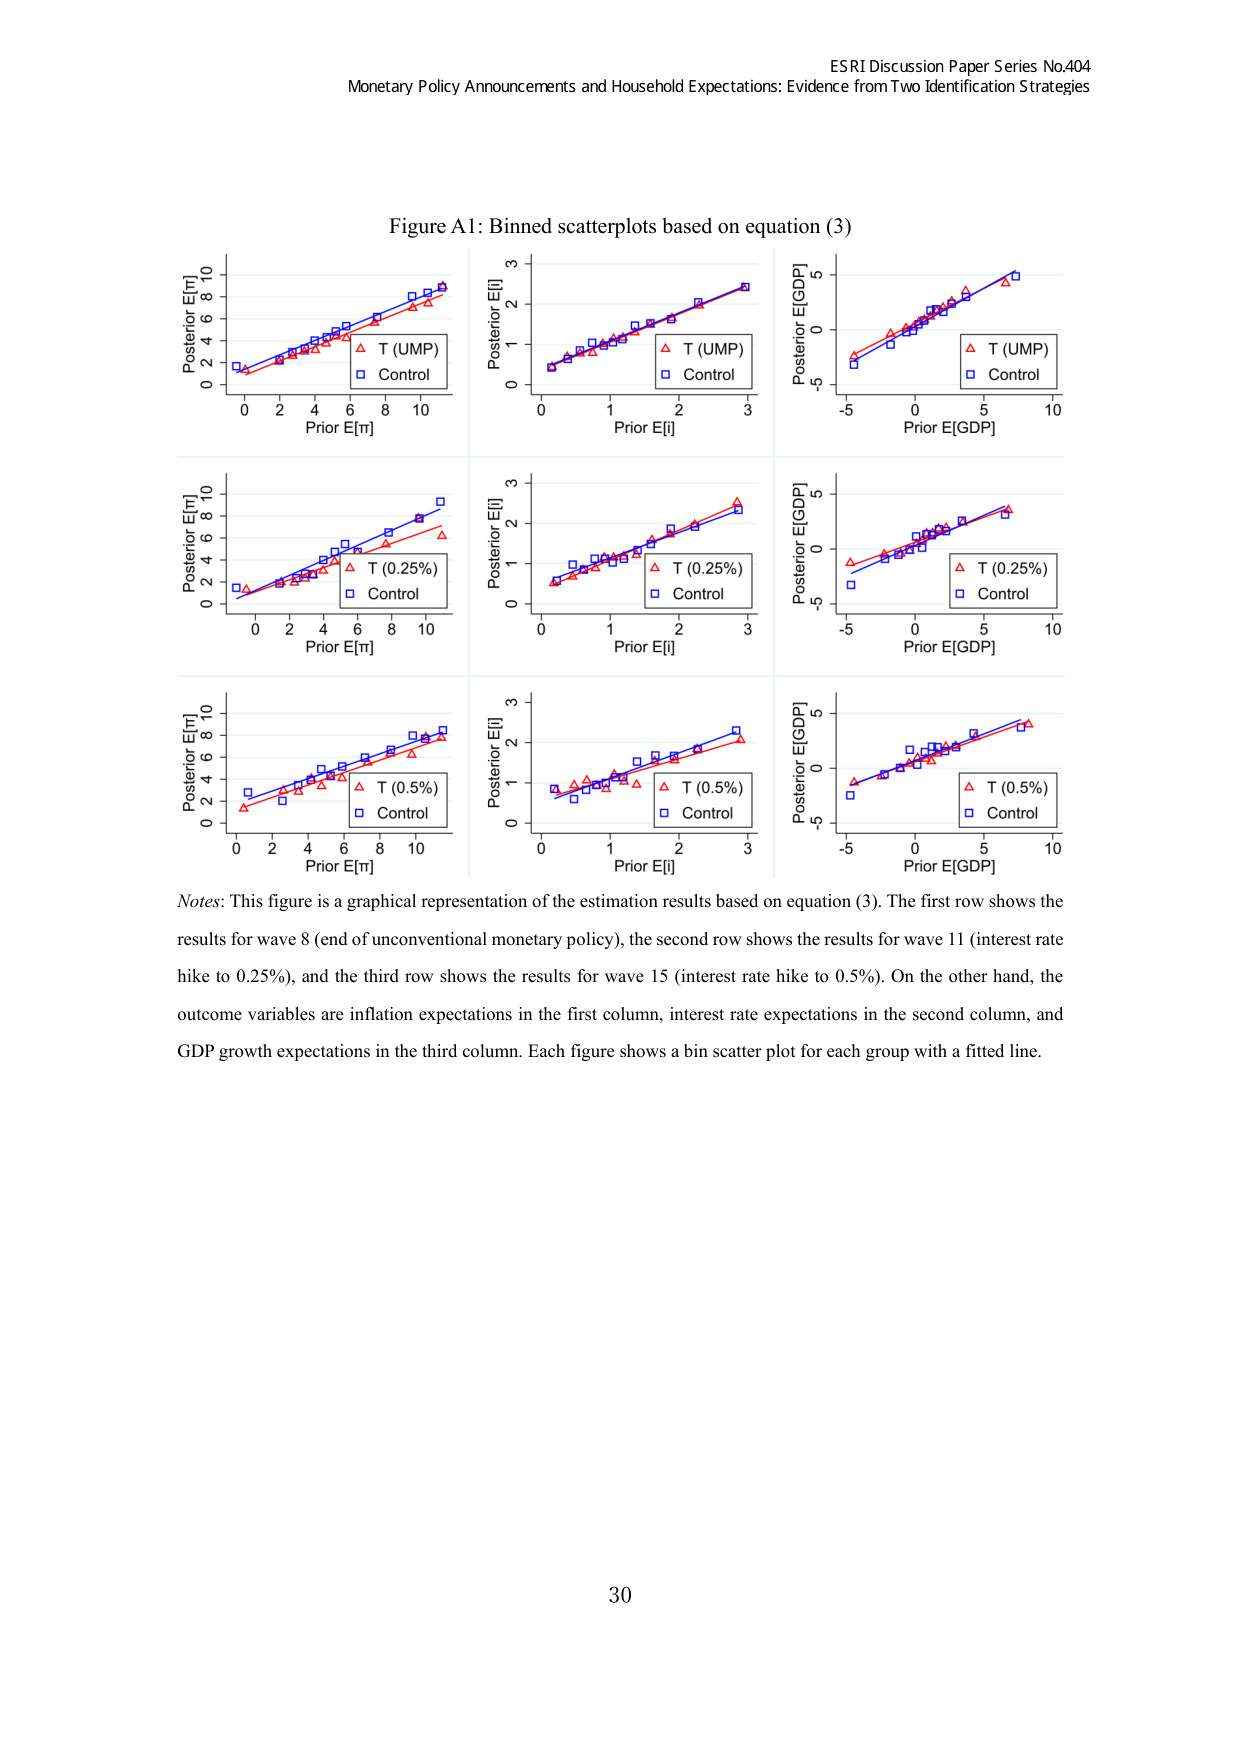
ESRI Discussion Paper Series No.404
Monetary Policy Announcements and Household Expectations: Evidence from Two Identification Strategies

Figure A1: Binned scatterplots based on equation (3)

Posterior E[π]
0 2 4 6 8 10
Prior E[π]
△ T (UMP)
□ Control

Posterior E[i]
0 1 2 3
Prior E[i]
△ T (UMP)
□ Control

Posterior E[GDP]
-5 0 5 10
Prior E[GDP]
△ T (UMP)
□ Control

Posterior E[π]
0 2 4 6 8 10
Prior E[π]
△ T (0.25%)
□ Control

Posterior E[i]
0 1 2 3
Prior E[i]
△ T (0.25%)
□ Control

Posterior E[GDP]
-5 0 5 10
Prior E[GDP]
△ T (0.25%)
□ Control

Posterior E[π]
0 2 4 6 8 10
Prior E[π]
△ T (0.5%)
□ Control

Posterior E[i]
0 1 2 3
Prior E[i]
△ T (0.5%)
□ Control

Posterior E[GDP]
-5 0 5 10
Prior E[GDP]
△ T (0.5%)
□ Control

Notes: This figure is a graphical representation of the estimation results based on equation (3). The first row shows the results for wave 8 (end of unconventional monetary policy), the second row shows the results for wave 11 (interest rate hike to 0.25%), and the third row shows the results for wave 15 (interest rate hike to 0.5%). On the other hand, the outcome variables are inflation expectations in the first column, interest rate expectations in the second column, and GDP growth expectations in the third column. Each figure shows a bin scatter plot for each group with a fitted line.

30